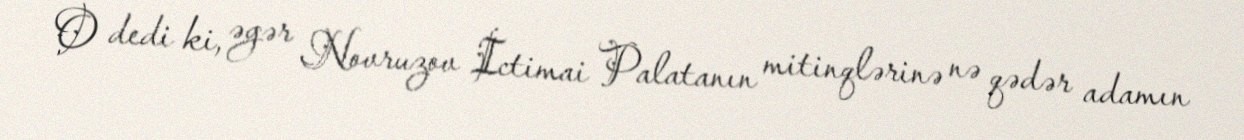
O dedi ki, əgər Novruzov İctimai Palatanın mitinqlərinə nə qədər adamın